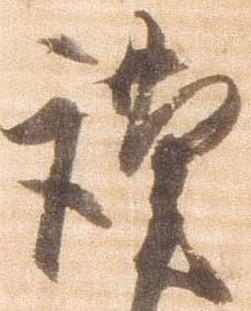
謹